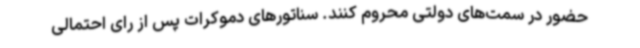
حضور در سمت‌های دولتی محروم کنند. سناتورهای دموکرات پس از رای احتمالی